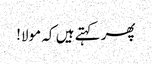
پھر کہتے ہیں کہ مولا!